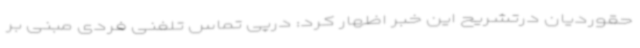
حقوردیان درتشریح این خبر اظهار کرد: درپی تماس تلفنی فردی مبنی بر